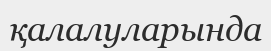
қалалуларында